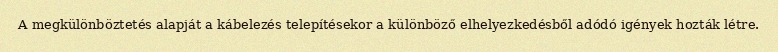
A megkülönböztetés alapját a kábelezés telepítésekor a különböző elhelyezkedésből adódó igények hozták létre.